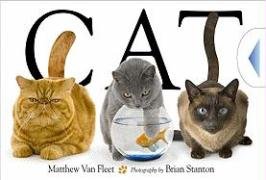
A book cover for Cat; Matthew Van Fleet; Children's Books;